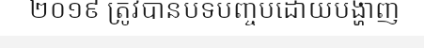
២០១៩ ត្រូវបានបិទបញ្ចប់ដោយបង្ហាញ